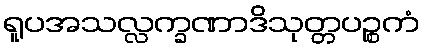
ရူပအသလ္လက္ခဏာဒိသုတ္တပဉ္စကံ